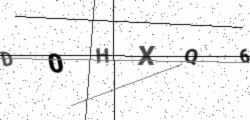
Text: D0HXQ6